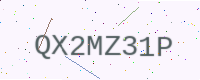
Text: QX2MZ31P